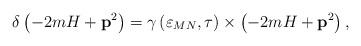
LaTeX: \begin{align*}\delta \left( -2mH+\mathbf{p}^2\right) =\gamma \left( \varepsilon _{MN},\tau\right) \times \left( -2mH+\mathbf{p}^2\right) ,\end{align*}